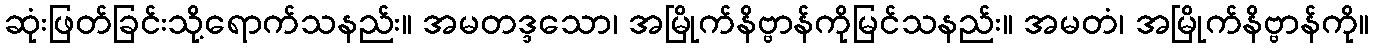
ဆုံးဖြတ်ခြင်းသို့ရောက်သနည်း။ အမတဒ္ဒသော၊ အမြိုက်နိဗ္ဗာန်ကိုမြင်သနည်း။ အမတံ၊ အမြိုက်နိဗ္ဗာန်ကို။